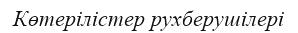
Көтерілістер рухберушілері